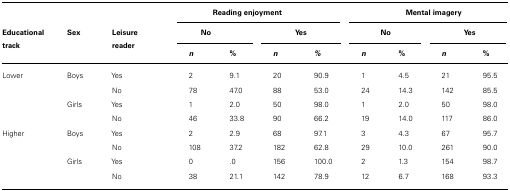
<table><thead><tr><td></td><td></td><td></td><td colspan="4"><b>Reading enjoyment</b></td><td colspan="4"><b>Mental imagery</b></td></tr><tr><td><b>Educational track</b></td><td><b>Sex</b></td><td><b>Leisure reader</b></td><td colspan="2"><b>No</b></td><td colspan="2"><b>Yes</b></td><td colspan="2"><b>No</b></td><td colspan="2"><b>Yes</b></td></tr><tr><td></td><td></td><td></td><td><b><i>n</i></b></td><td><b>%</b></td><td><b><i>n</i></b></td><td><b>%</b></td><td><b><i>n</i></b></td><td><b>%</b></td><td><b><i>n</i></b></td><td><b>%</b></td></tr></thead><tbody><tr><td>Lower</td><td>Boys</td><td>Yes</td><td>2</td><td>9.1</td><td>20</td><td>90.9</td><td>1</td><td>4.5</td><td>21</td><td>95.5</td></tr><tr><td></td><td></td><td>No</td><td>78</td><td>47.0</td><td>88</td><td>53.0</td><td>24</td><td>14.3</td><td>142</td><td>85.5</td></tr><tr><td></td><td>Girls</td><td>Yes</td><td>1</td><td>2.0</td><td>50</td><td>98.0</td><td>1</td><td>2.0</td><td>50</td><td>98.0</td></tr><tr><td></td><td></td><td>No</td><td>46</td><td>33.8</td><td>90</td><td>66.2</td><td>19</td><td>14.0</td><td>117</td><td>86.0</td></tr><tr><td>Higher</td><td>Boys</td><td>Yes</td><td>2</td><td>2.9</td><td>68</td><td>97.1</td><td>3</td><td>4.3</td><td>67</td><td>95.7</td></tr><tr><td></td><td></td><td>No</td><td>108</td><td>37.2</td><td>182</td><td>62.8</td><td>29</td><td>10.0</td><td>261</td><td>90.0</td></tr><tr><td></td><td>Girls</td><td>Yes</td><td>0</td><td>.0</td><td>156</td><td>100.0</td><td>2</td><td>1.3</td><td>154</td><td>98.7</td></tr><tr><td></td><td></td><td>No</td><td>38</td><td>21.1</td><td>142</td><td>78.9</td><td>12</td><td>6.7</td><td>168</td><td>93.3</td></tr></tbody></table>